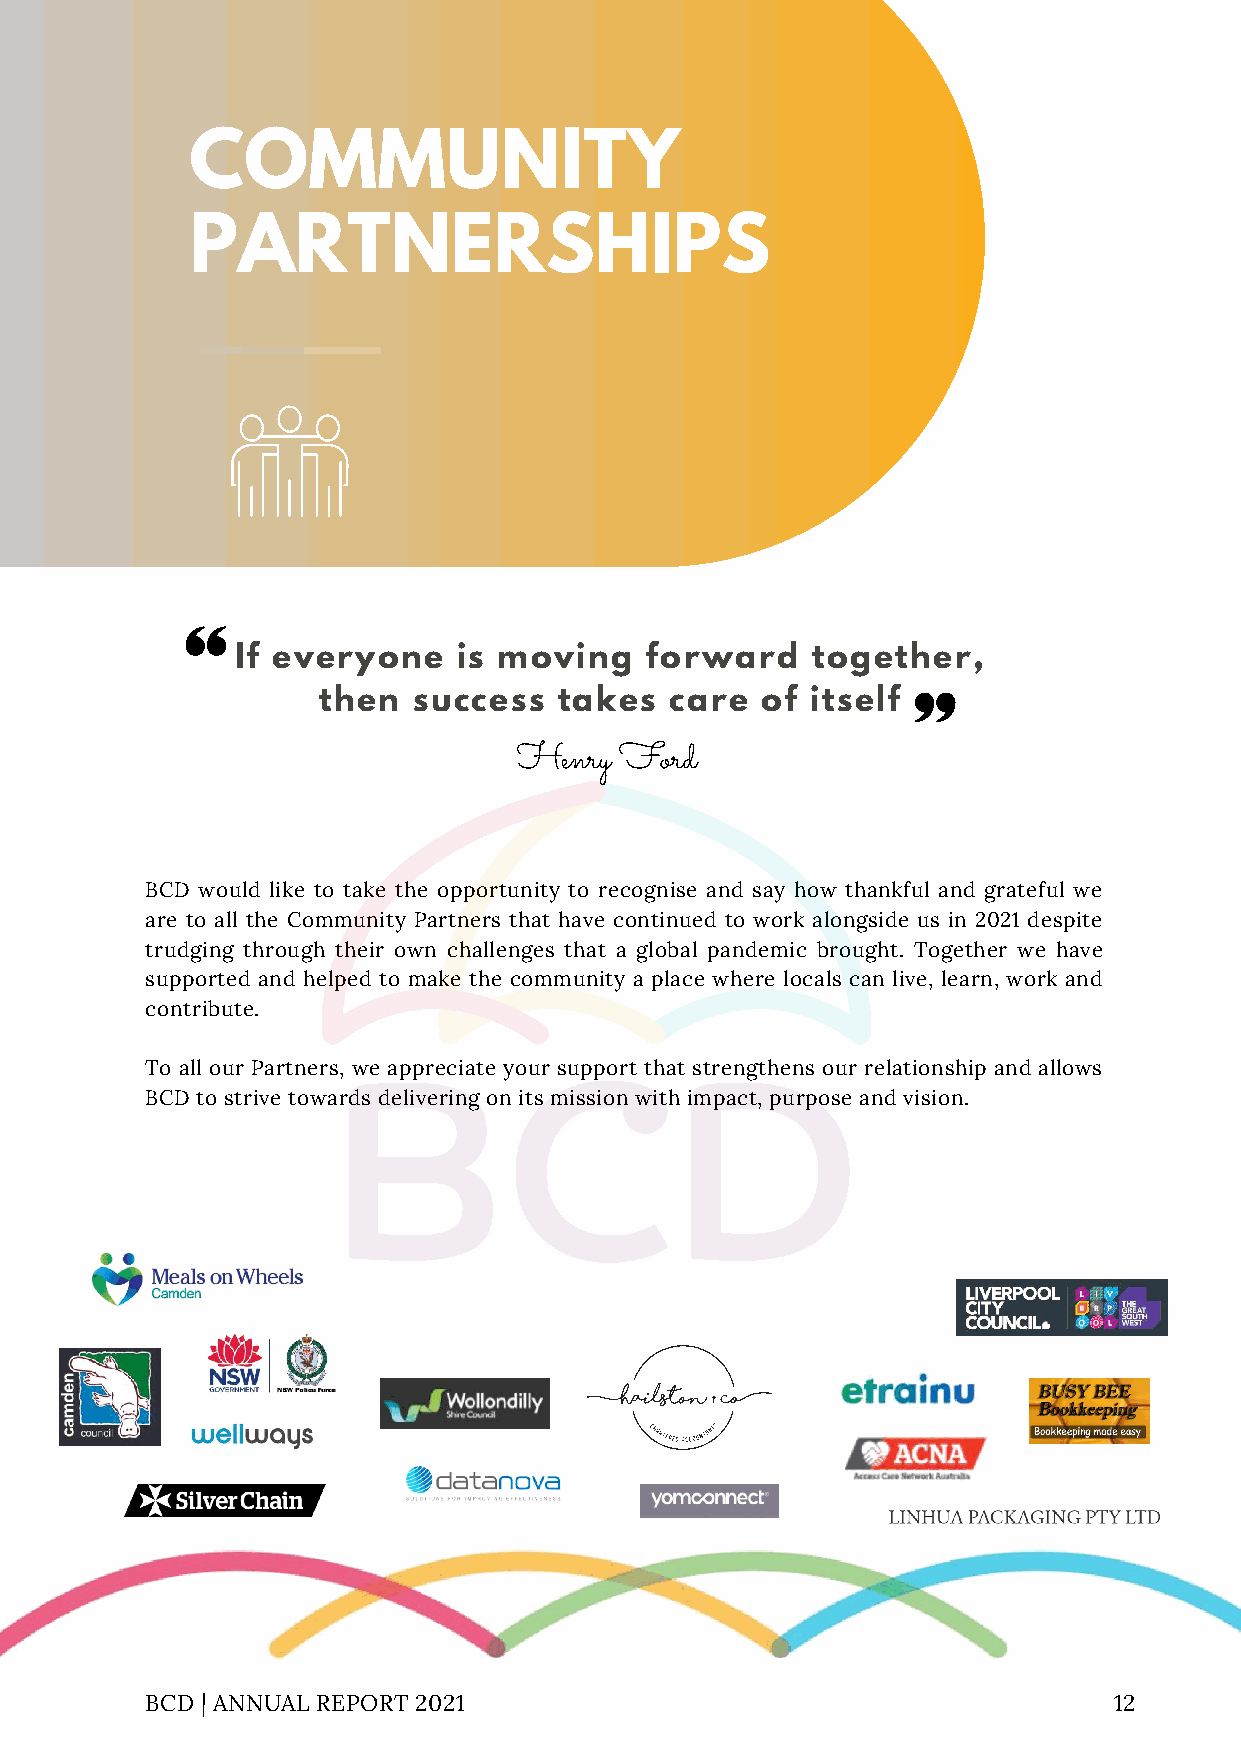
COMMUNITY
 PARTNERSHIPS
 If everyone   is moving    forward    together,
 then  success   takes  care  of  itself
 Henry  Ford
 BCD would like to take the opportunity to recognise and say how thankful and grateful we
 are to all the Community Partners that have continued to work alongside us in 2021 despite
 trudging through their own challenges that a global pandemic brought. Together we have
 supported and helped to make the community a place where locals can live, learn, work and
 contribute.
 To all our Partners, we appreciate your support that strengthens our relationship and allows
 BCD to strive towards delivering on its mission with impact, purpose and vision.
 BCD | ANNUAL REPORT 2021                                        12